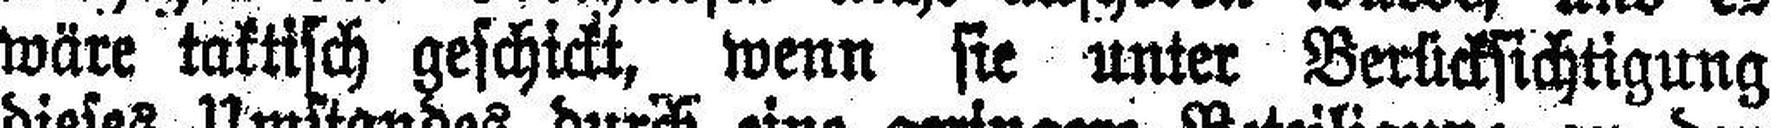
wäre taktisch geschickt, wenn sie unter Berücksichtigung